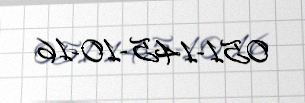
051-145-10-16